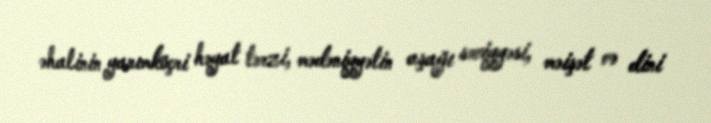
əhalinin yarımköçri həyat tərzi, mədəniyyətin aşağı səviyyəsi, məişət və dini